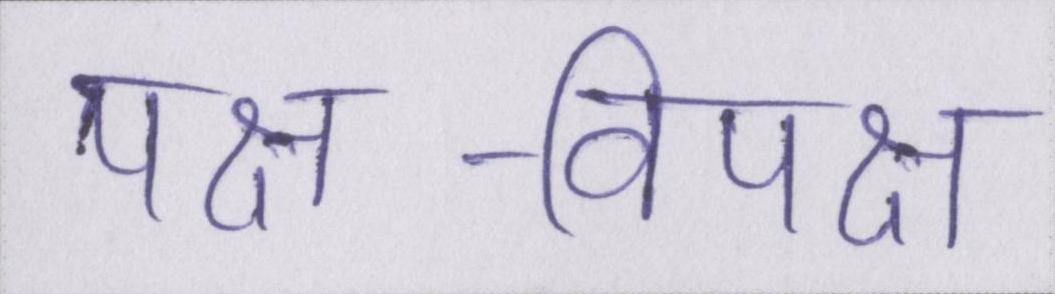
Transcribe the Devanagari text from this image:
पक्ष-विपक्ष